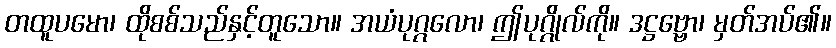
တထူပမော၊ ထိုစစ်သည်နှင့်တူသော။ အယံပုဂ္ဂလော၊ ဤပုဂ္ဂိုလ်ကို။ ဒဋ္ဌဗ္ဗော၊ မှတ်အပ်၏။